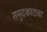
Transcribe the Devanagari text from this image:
समुद्रकाठचा